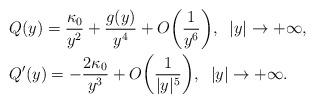
LaTeX: \begin{align*}&Q(y)=\frac{\kappa_0}{y^2}+\frac{g(y)}{y^4}+O\bigg(\frac{1}{y^6}\bigg),\;\;|y|\rightarrow+\infty,\\&Q'(y)=-\frac{2\kappa_0}{y^3}+O\bigg(\frac{1}{|y|^5}\bigg),\;\;|y|\rightarrow+\infty.\end{align*}